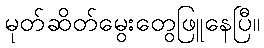
မုတ်ဆိတ်မွေးတွေဖြူနေပြီ။